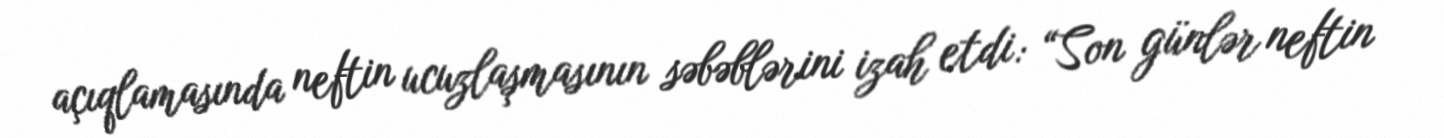
açıqlamasında neftin ucuzlaşmasının səbəblərini izah etdi: “Son günlər neftin